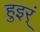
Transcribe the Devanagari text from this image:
हुइर्ं